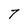
Character: 7